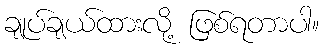
ချုပ်ချယ်ထားလို့ ဖြစ်ရတာပါ။